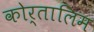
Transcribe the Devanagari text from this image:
कोर्तालिम